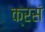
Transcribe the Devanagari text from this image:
क्रसं